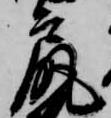
尻